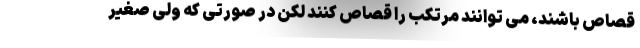
قصاص باشند، می توانند مرتکب را قصاص کنند لکن در صورتی که ولی صغیر